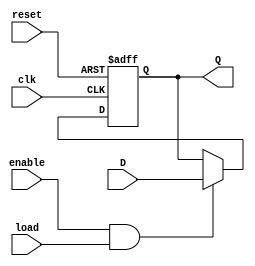
module ControlRegister (
    input wire clk,           // Clock signal
    input wire reset,         // Reset signal
    input wire load,          // Load signal
    input wire enable,        // Enable signal
    input wire [3:0] D,      // Data input (4-bit)
    output reg [3:0] Q        // Data output (4-bit)
);

// Sequential logic for the Control Register
always @(posedge clk or posedge reset) begin
    if (reset) begin
        // Reset the register to zero
        Q <= 4'b0000;
    end else if (enable && load) begin
        // Load new data into the register
        Q <= D;
    end
    // If enable is low, the register retains its value
end

endmodule